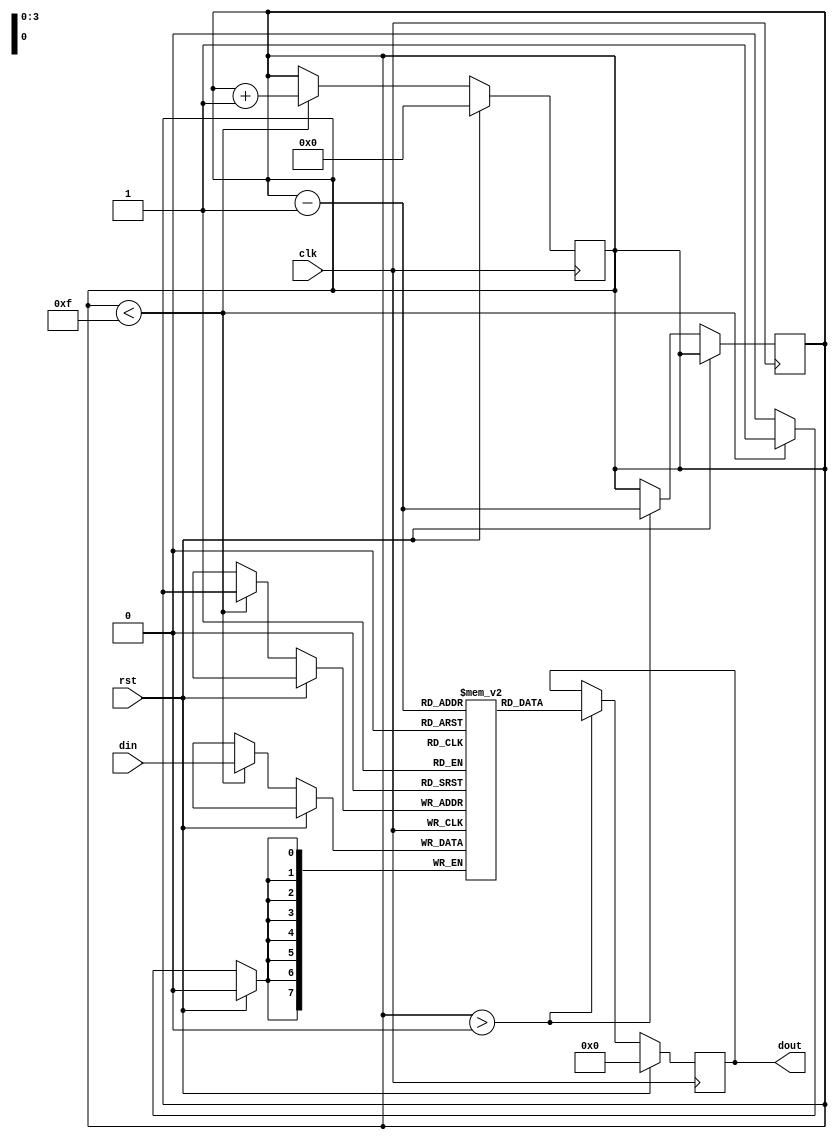
module lifo (
    input wire clk,
    input wire rst,
    input wire [7:0] din,
    output reg [7:0] dout
);

reg [7:0] stack [15:0];
reg [3:0] top;

always @(posedge clk) begin
    if (rst) begin
        top <= 0;
    end else begin
        if (top < 15) begin
            stack[top] <= din;
            top <= top + 1;
        end
    end
end

always @(posedge clk) begin
    if (rst) begin
        dout <= 8'b0;
    end else begin
        if (top > 0) begin
            dout <= stack[top-1];
            top <= top - 1;
        end
    end
end

endmodule